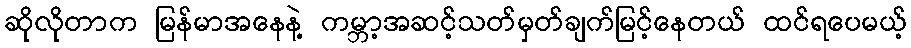
ဆိုလိုတာက မြန်မာအနေနဲ့ ကမ္ဘာ့အဆင့်သတ်မှတ်ချက်မြင့်နေတယ် ထင်ရပေမယ့်